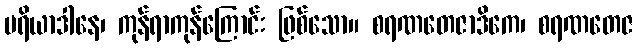
ပရိယာဒါနေ၊ ကုန်ရာကုန်ကြောင်း ဖြစ်သော။ စရဏတေဇာဒိကေ၊ စရဏတေဇ